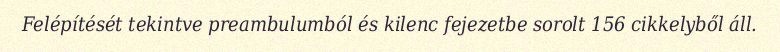
Felépítését tekintve preambulumból és kilenc fejezetbe sorolt 156 cikkelyből áll.